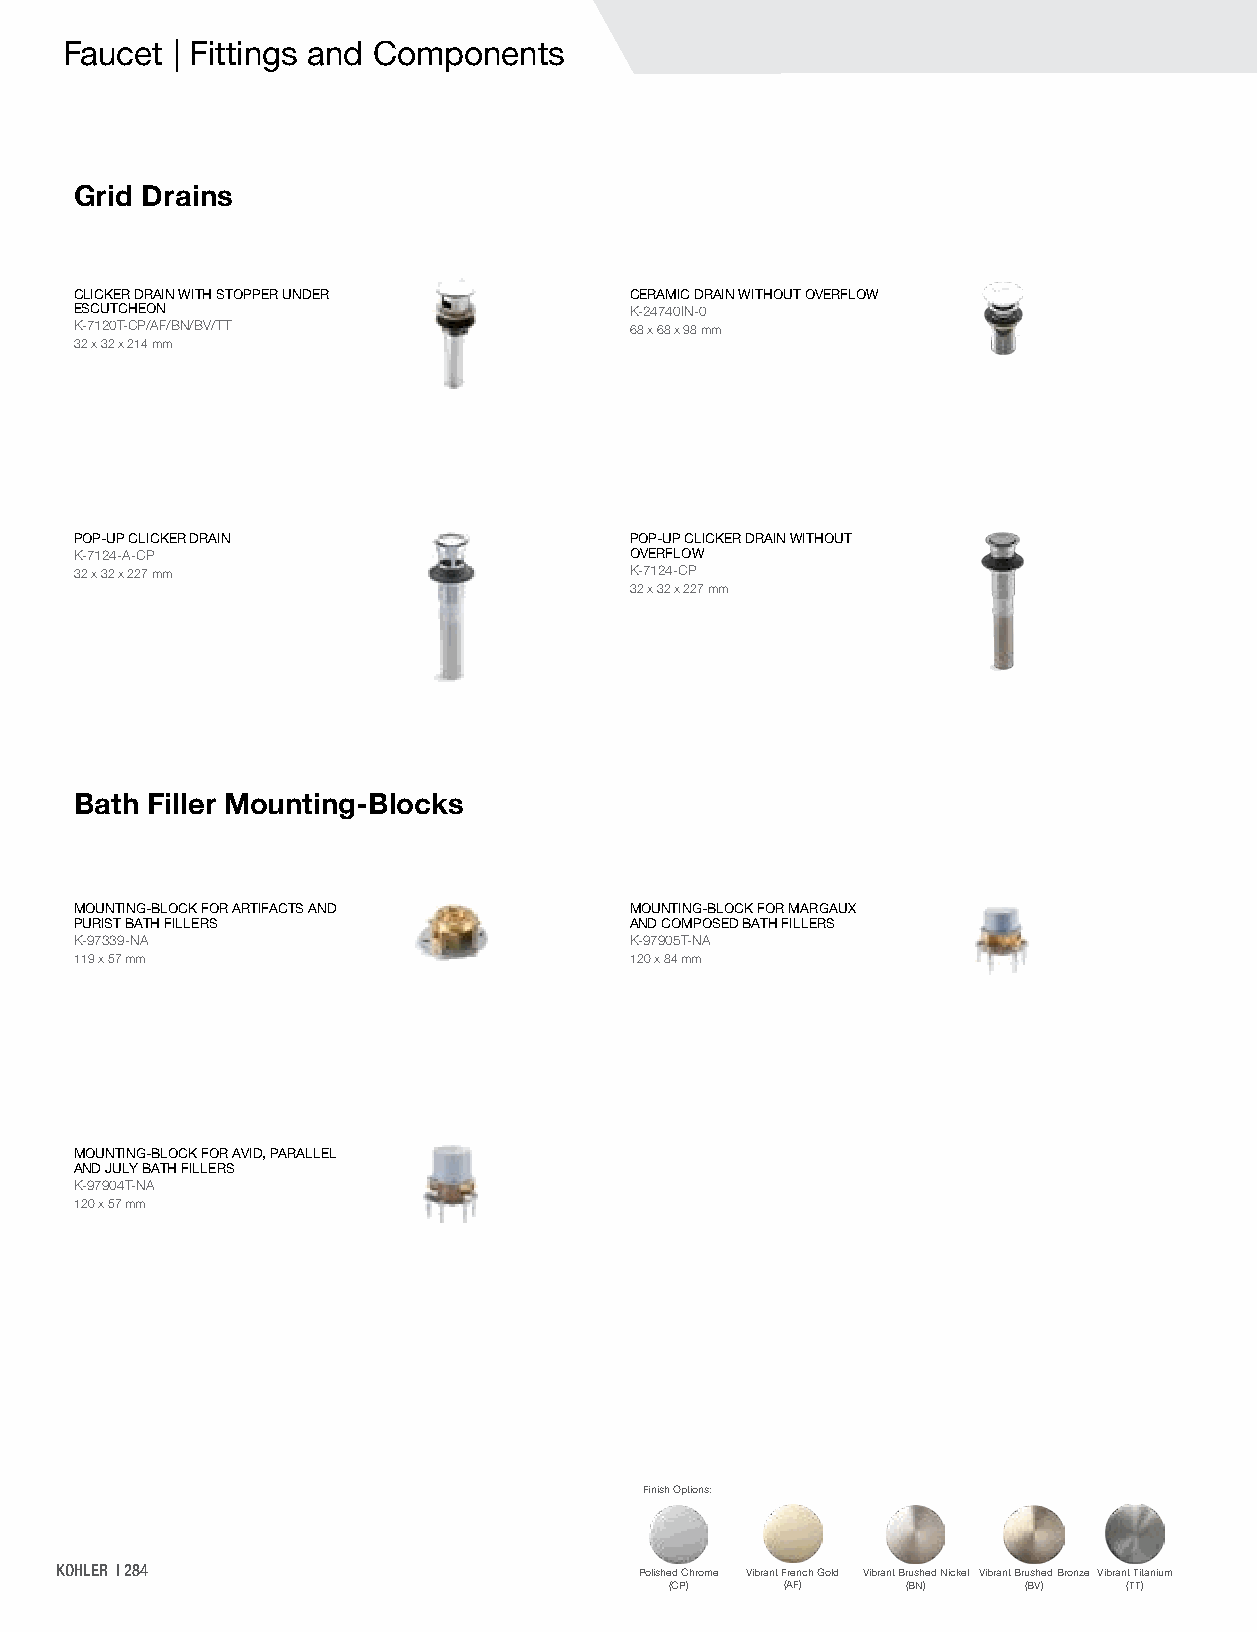
Faucet | Fittings and Components
 Grid Drains
 CLICKER DRAIN WITH STOPPER UNDER     CERAMIC DRAIN WITHOUT OVERFLOW
 ESCUTCHEON                           K-24740IN-0
 K-7120T-CP/AF/BN/BV/TT               68 x 68 x 98 mm
 32 x 32 x 214 mm
 POP-UP CLICKER DRAIN                 POP-UP CLICKER DRAIN WITHOUT
 K-7124-A-CP                          OVERFLOW
 32 x 32 x 227 mm                     K-7124-CP
 32 x 32 x 227 mm
 Bath Filler Mounting-Blocks
 MOUNTING-BLOCK FOR ARTIFACTS AND     MOUNTING-BLOCK FOR MARGAUX
 PURIST BATH FILLERS                  AND COMPOSED BATH FILLERS
 K-97339-NA                           K-97905T-NA
 119 x 57 mm                          120 x 84 mm
 MOUNTING-BLOCK FOR AVID, PARALLEL
 AND JULY BATH FILLERS
 K-97904T-NA
 120 x 57 mm
 Finish Options:
 KOHLER | 284                          Polished Chrome Vibrant French Gold Vibrant Brushed Nickel Vibrant Brushed Bronze Vibrant Titanium
 (CP)    (AF)    (BN)    (BV)   (TT)